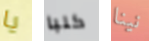
يا كلبا نينا